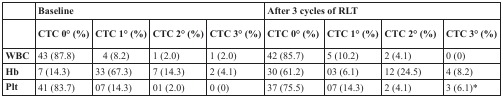
<table><thead><tr><td></td><td colspan="4"><b>Baseline</b></td><td colspan="4"><b>After 3 cycles of RLT</b></td></tr><tr><td></td><td><b>CTC 0° (%)</b></td><td><b>CTC 1° (%)</b></td><td><b>CTC 2° (%)</b></td><td><b>CTC 3° (%)</b></td><td><b>CTC 0° (%)</b></td><td><b>CTC 1° (%)</b></td><td><b>CTC 2° (%)</b></td><td><b>CTC 3° (%)</b></td></tr></thead><tbody><tr><td><b>WBC</b></td><td>43 (87.8)</td><td>4 (8.2)</td><td>1 (2.0)</td><td>1 (2.0)</td><td>42 (85.7)</td><td>5 (10.2)</td><td>2 (4.1)</td><td>0 (0)</td></tr><tr><td><b>Hb</b></td><td>7 (14.3)</td><td>33 (67.3)</td><td>7 (14.3)</td><td>2 (4.1)</td><td>30 (61.2)</td><td>03 (6.1)</td><td>12 (24.5)</td><td>4 (8.2)</td></tr><tr><td><b>Plt</b></td><td>41 (83.7)</td><td>07 (14.3)</td><td>01 (2.0)</td><td>0 (0)</td><td>37 (75.5)</td><td>07 (14.3)</td><td>2 (4.1)</td><td>3 (6.1)*</td></tr></tbody></table>